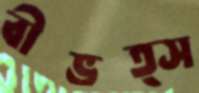
বীভত্স